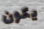
يكون